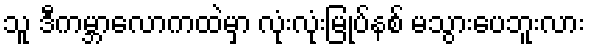
သူ ဒီကမ္ဘာလောကထဲမှာ လုံးလုံးမြုပ်နစ် မသွားပေဘူးလား